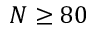
N \geq 8 0